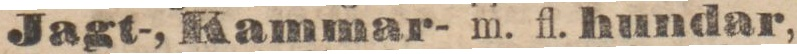
Jagt-, Kammar- m. fl. hundar,